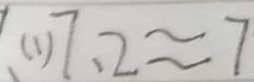
( 1 ) 7 . 2 \approx 7